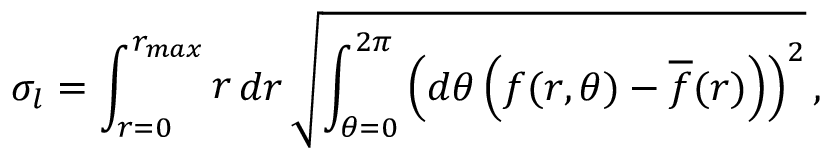
\sigma _ { l } = \int _ { r = 0 } ^ { r _ { m a x } } \mathop { r } \mathop { d r } \sqrt { \int _ { \theta = 0 } ^ { 2 \pi } \left( \mathop { d \theta } \left( f ( r , \theta ) - \overline { { f } } ( r ) \right) \right) ^ { 2 } } \, ,